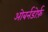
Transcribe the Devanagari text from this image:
ओबर्नडोर्फ़